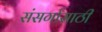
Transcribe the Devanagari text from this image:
संसर्गासाठी